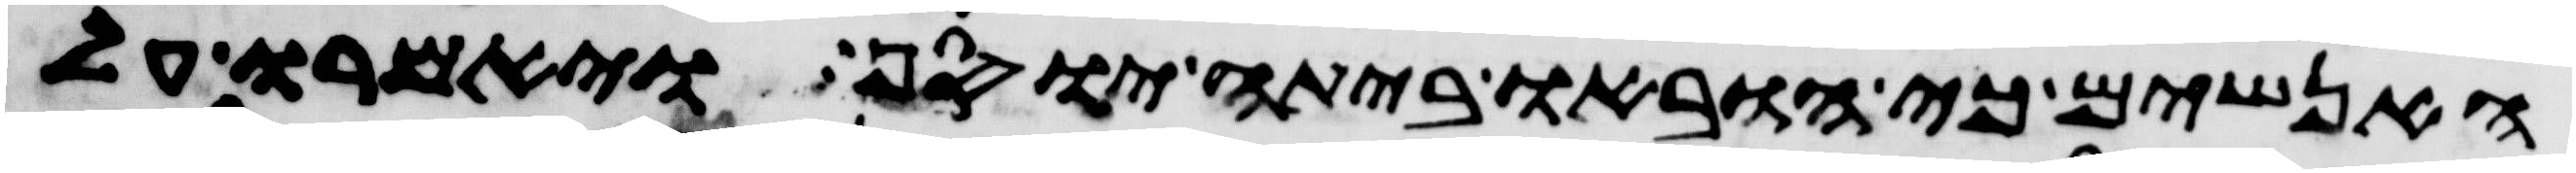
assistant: האנשים כי הובאו ביתה יוסף ויאמרו על